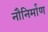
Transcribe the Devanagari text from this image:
नौनिर्माण